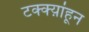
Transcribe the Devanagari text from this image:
टक्क्य़ांहून